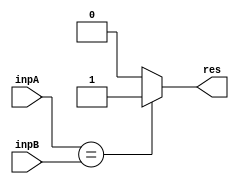
`timescale 1ns / 1ps
//////////////////////////////////////////////////////////////////////////////////
// Company: 
// Engineer: 
// 
// Design Name: 
// Module Name: comparator
// Project Name: 
// Target Devices: 
// Tool Versions: 
// Description: 
// 
// Dependencies: 
// 
// Revision:
// Revision 0.01 - File Created
// Additional Comments:
// 
//////////////////////////////////////////////////////////////////////////////////


module comparator(
input [31:0] inpA,
input [31:0] inpB,
output reg res
);

always@(*)
begin
  if (inpA == inpB)
   res = 1'b1;
  else
   res = 1'b0;
end
endmodule